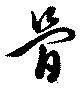
骨